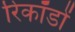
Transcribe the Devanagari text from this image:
रिकॉडों